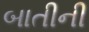
બાતીની